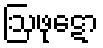
ဩဖုဋော